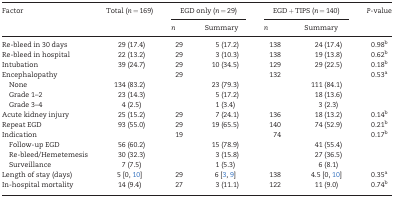
<table><thead><tr><td rowspan="2"><b>Factor</b></td><td rowspan="2"><b>Total (<i>n</i> = 169)</b></td><td colspan="2"><b>EGD only (<i>n</i> = 29)</b></td><td colspan="2"><b>EGD + TIPS (<i>n</i> = 140)</b></td><td rowspan="2"><b><i>P</i>-value</b></td></tr><tr><td><b><i>n</i></b></td><td><b>Summary</b></td><td><b><i>n</i></b></td><td><b>Summary</b></td></tr></thead><tbody><tr><td>Re-bleed in 30 days</td><td>29 (17.4)</td><td>29</td><td>5 (17.2)</td><td>138</td><td>24 (17.4)</td><td>0.98<sup>b</sup></td></tr><tr><td>Re-bleed in hospital</td><td>22 (13.2)</td><td>29</td><td>3 (10.3)</td><td>138</td><td>19 (13.8)</td><td>0.62<sup>b</sup></td></tr><tr><td>Intubation</td><td>39 (24.7)</td><td>29</td><td>10 (34.5)</td><td>129</td><td>29 (22.5)</td><td>0.18<sup>b</sup></td></tr><tr><td>Encephalopathy</td><td></td><td>29</td><td></td><td>132</td><td></td><td>0.53<sup>a</sup></td></tr><tr><td>None</td><td>134 (83.2)</td><td></td><td>23 (79.3)</td><td></td><td>111 (84.1)</td><td></td></tr><tr><td>Grade 1–2</td><td>23 (14.3)</td><td></td><td>5 (17.2)</td><td></td><td>18 (13.6)</td><td></td></tr><tr><td>Grade 3–4</td><td>4 (2.5)</td><td></td><td>1 (3.4)</td><td></td><td>3 (2.3)</td><td></td></tr><tr><td>Acute kidney injury</td><td>25 (15.2)</td><td>29</td><td>7 (24.1)</td><td>136</td><td>18 (13.2)</td><td>0.14<sup>b</sup></td></tr><tr><td>Repeat EGD</td><td>93 (55.0)</td><td>29</td><td>19 (65.5)</td><td>140</td><td>74 (52.9)</td><td>0.21<sup>b</sup></td></tr><tr><td>Indication</td><td></td><td>19</td><td></td><td>74</td><td></td><td>0.17<sup>b</sup></td></tr><tr><td>Follow-up EGD</td><td>56 (60.2)</td><td></td><td>15 (78.9)</td><td></td><td>41 (55.4)</td><td></td></tr><tr><td>Re-bleed/Hemetemesis</td><td>30 (32.3)</td><td></td><td>3 (15.8)</td><td></td><td>27 (36.5)</td><td></td></tr><tr><td>Surveillance</td><td>7 (7.5)</td><td></td><td>1 (5.3)</td><td></td><td>6 (8.1)</td><td></td></tr><tr><td>Length of stay (days)</td><td>5 [0, 10]</td><td>29</td><td>6 [3, 9]</td><td>138</td><td>4.5 [0, 10]</td><td>0.35<sup>a</sup></td></tr><tr><td>In-hospital mortality</td><td>14 (9.4)</td><td>27</td><td>3 (11.1)</td><td>122</td><td>11 (9.0)</td><td>0.74<sup>b</sup></td></tr></tbody></table>